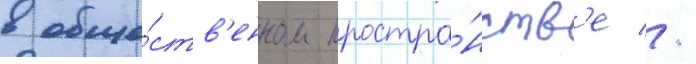
в обще́ств'енном простра́нств'е //